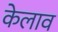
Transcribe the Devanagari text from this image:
केलाव